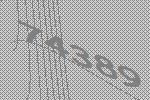
74389